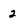
Character: 2